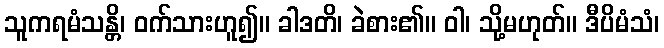
သူကရမံသန္တိ၊ ဝက်သားဟူ၍။ ခါဒတိ၊ ခဲစား၏။ ဝါ၊ သို့မဟုတ်။ ဒီပိမံသံ၊